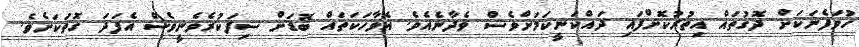
ހުވަފެނަކަށް ދޮގުތައް އިތުރުކޮށްފައި ދައްކަނީކަމަށްވެސް ވެދާނެއެވެ. އެވާހަކަތައް ބޮޑަށް ސިފަކުރެވެނީވެސް އެފަދަ ގޮތަކަށެވެ.